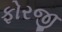
ફોરજી